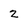
Character: 2